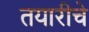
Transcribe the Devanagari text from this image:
तयारीचे